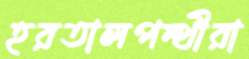
হরতালপন্থীরা